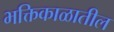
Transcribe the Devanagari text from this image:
भक्तिकाळातील